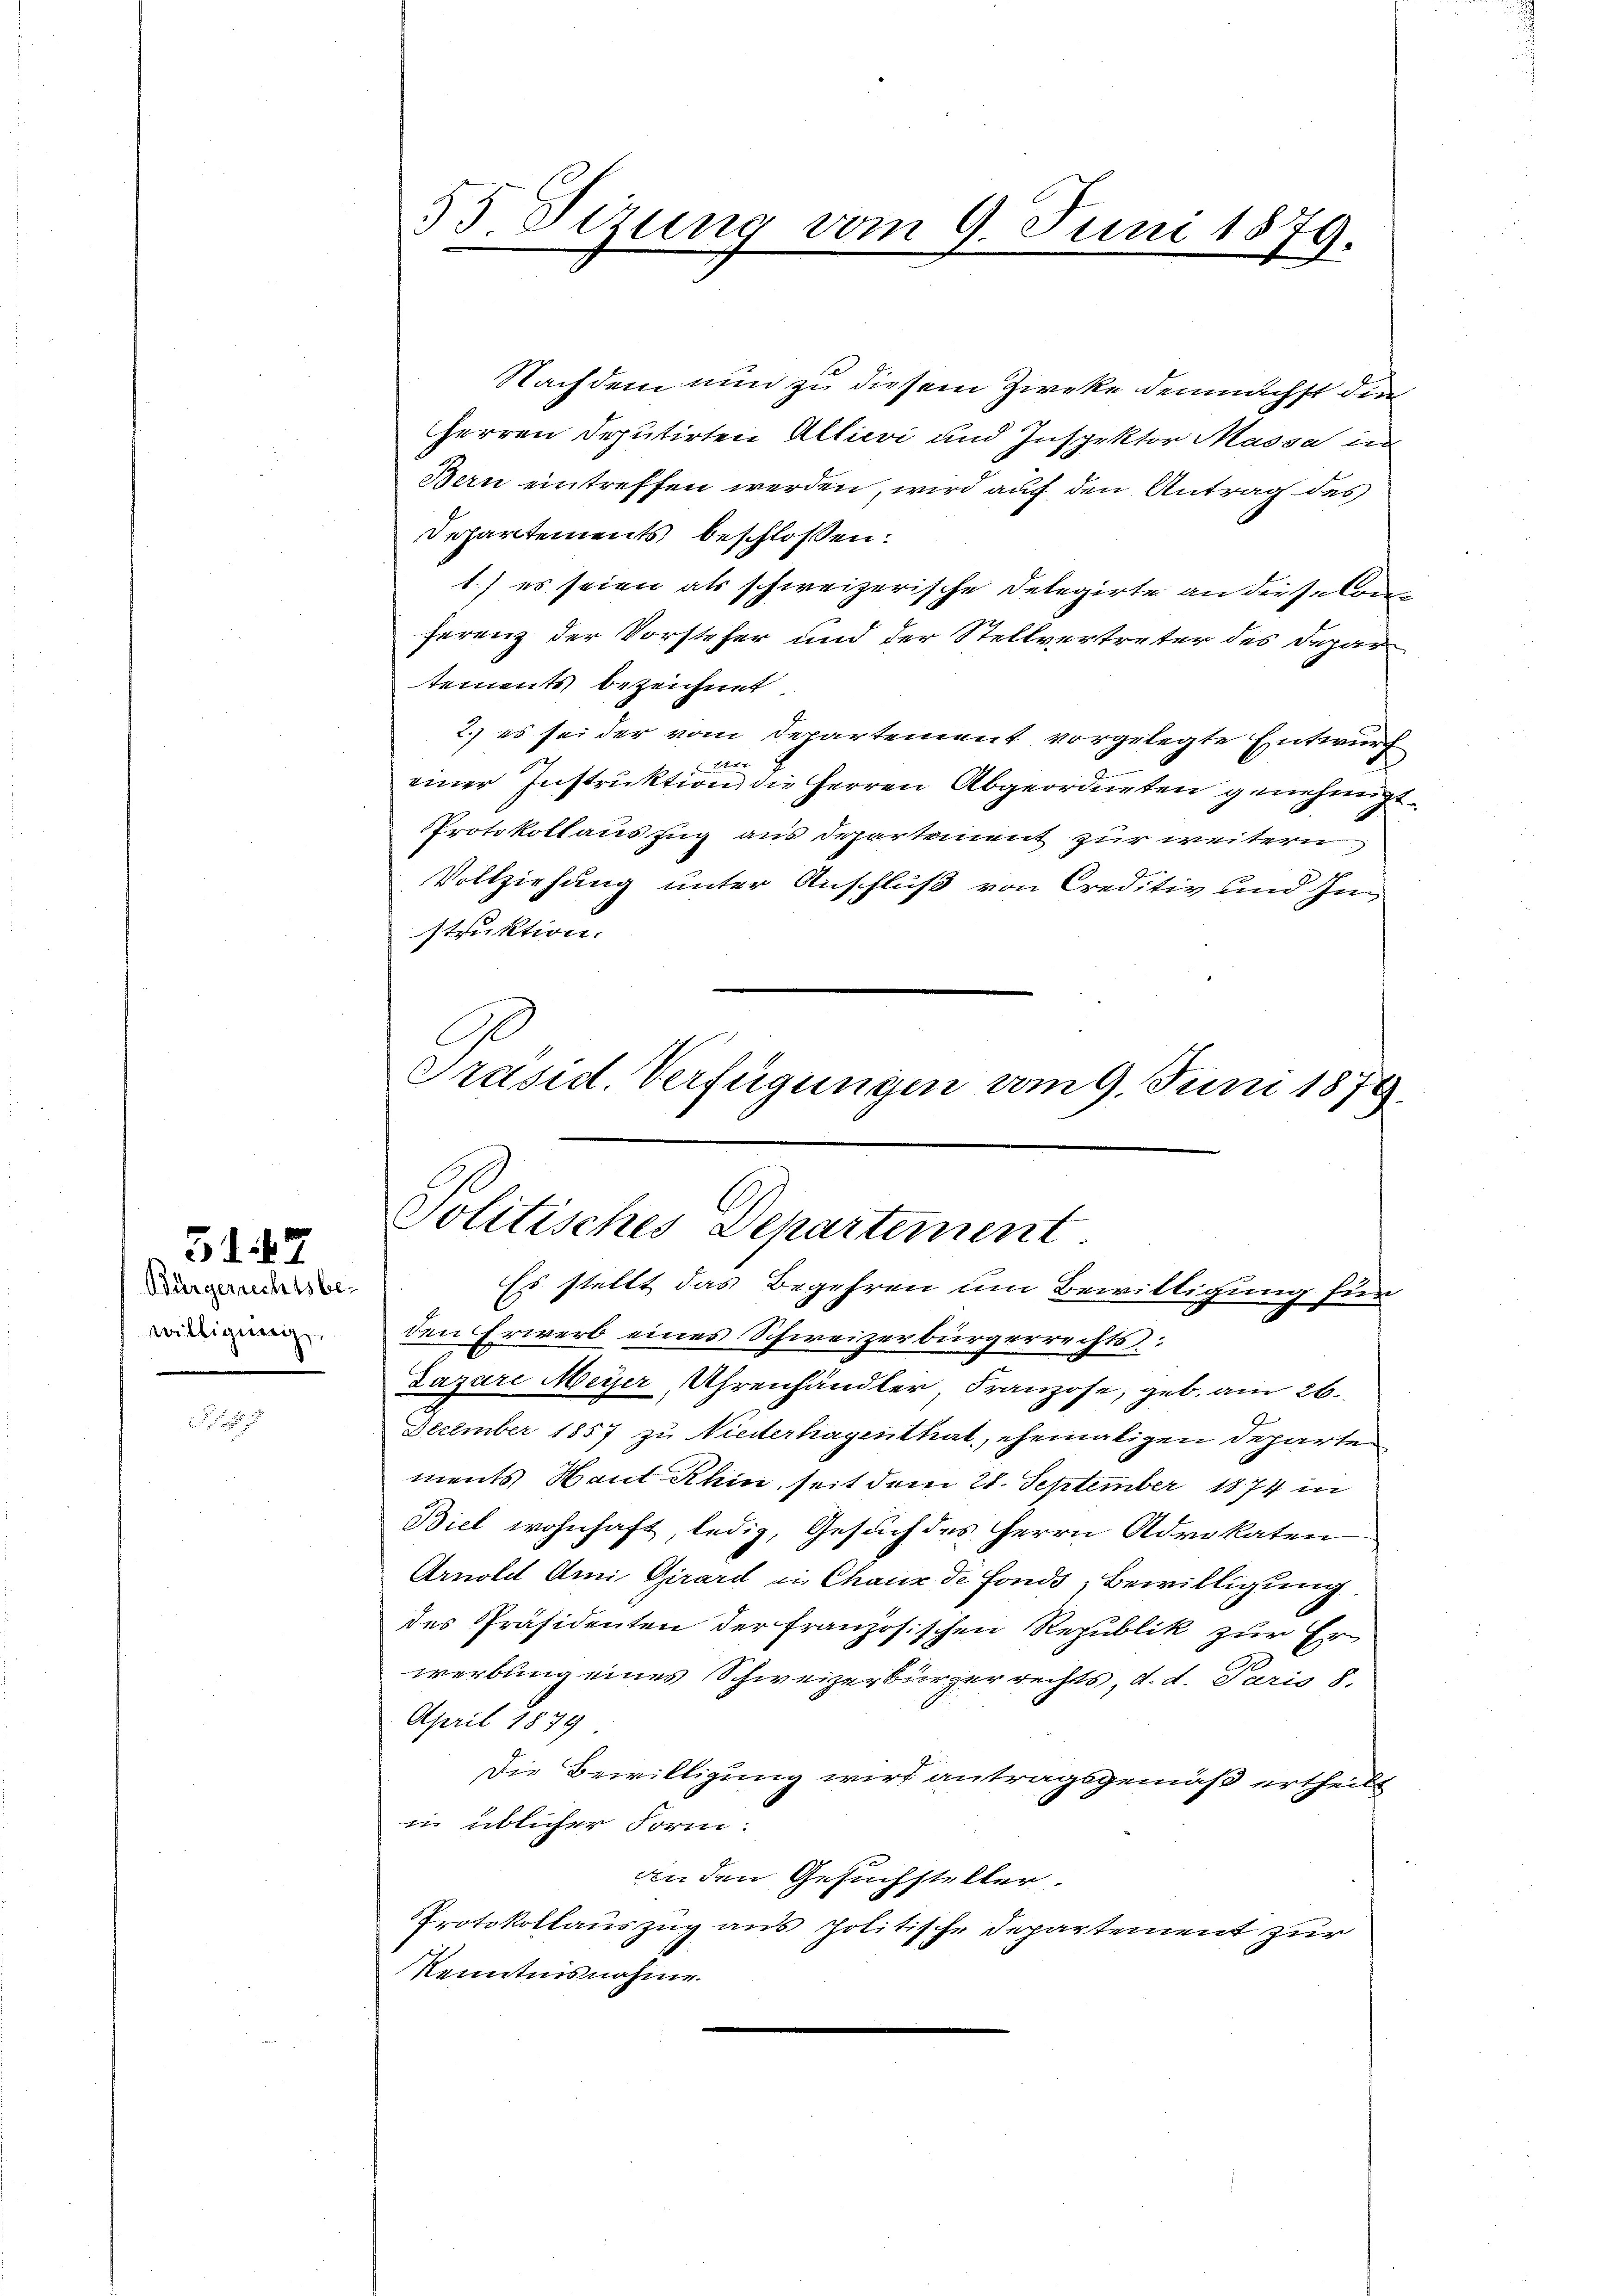
Bürgerrechtsbe-
willigung

G17

Nachdem nun zu diesem Zwecke demnächst die
Herren Deputirten Allievi und Inspektor Massa in
Bern eintreffen werden, wird auf den Antrag des
Departements beschlossen:
1.) es seien als schweizerische Delegirte an die selonferenz der Vorsteher und der Stellvertreter des Depar
tements bezeichnet.
2.) es sei der vom Departement vorgelegte Entwurf
1x
einer Instruktion die Herren Abgeordneten genehmigt.
PProtokoll auszug aus Departement zur weitern
Vollziehung unter Anschluß von Creditiv und Instruktion.
C
Präsid. Verfügungen vom 9. Juni 1879.

53. Sizung vom 9. Juni 1879.

Politisches Departement
Es stellt das Begehren um Bewilligung für
den Erwerb eines Schweizerbürgerrechts

Lazare Meyer, Uhrenhändler Franzose, geb. am 26.
December 1857 zu Niederhagenthat, ehematigen Departe
ments Haut Rhin, seit dem 28. September 1874 in
Biel wohnhaft ledig, Gesuch des Herrn Advokaten
Arnold Ami Girard in Chaux de Fonds, Bewilligung
des Präsidenten der französischen Republik zur Erwerbung eines Schweizerbürgerrechts, d. d. Paris 8.
April 1879
Die Bewilligung wird antragsgemäß ertheilt
in üblicher Form.
an den Gesuchsteller.
Protokollauszug aus politische Departement zur
Kenntnisnahme.